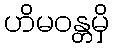
ဟိမဝန္တမှိ